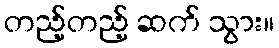
တည့်တည့် ဆက် သွား။